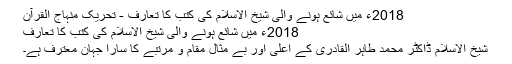
2018ء میں شائع ہونے والی شیخ الاسلام کی کتب کا تعارف - تحریک منہاج القرآن
2018ء میں شائع ہونے والی شیخ الاسلام کی کتب کا تعارف
شیخ الاسلام ڈاکٹر محمد طاہر القادری کے اَعلیٰ اور بے مثال مقام و مرتبے کا سارا جہان معترف ہے۔